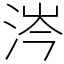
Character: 涔